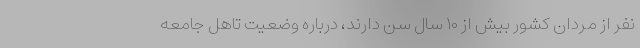
نفر از مردان کشور بیش از ۱۰ سال سن دارند، درباره وضعیت تاهل جامعه